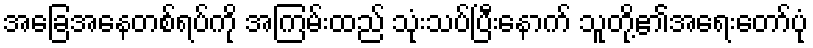
အခြေအနေတစ်ရပ်ကို အကြမ်းထည် သုံးသပ်ပြီးနောက် သူတို့၏အရေးတော်ပုံ